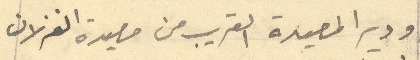
ودير المصيدة القريب من مصيدة الغزلان